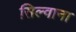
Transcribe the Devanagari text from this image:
सिल्वाना